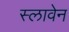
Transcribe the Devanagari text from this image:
स्लावेन